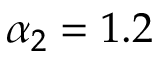
\alpha _ { 2 } = 1 . 2